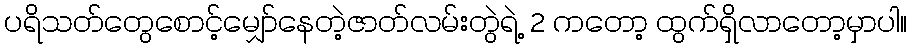
ပရိသတ်တွေစောင့်မျှော်နေတဲ့ဇာတ်လမ်းတွဲရဲ့ 2 ကတော့ ထွက်ရှိလာတော့မှာပါ။